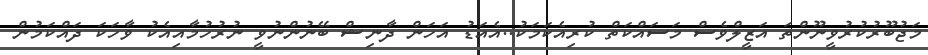
މަޖުބޫރުކުރުވީނޫންތަ އަޒީލްވެސް މަސައްކަތް ކުރިއެކަމަކު..އެއަޑު އަހަން ދާނިޝް ބޭނުންނުވީ ނުރުހުމާއިއެކު ވާހަކަ ދައްކަމުން